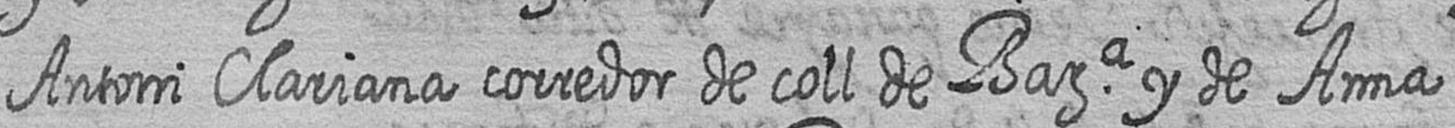
Antoni Clariana corredor de coll de Bara y de Anna